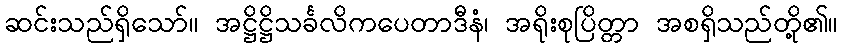
ဆင်းသည်ရှိသော်။ အဋ္ဌိဋ္ဌိသင်္ခလိကပေတာဒီနံ၊ အရိုးစုပြိတ္တာ အစရှိသည်တို့၏။